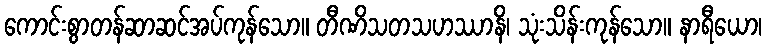
ကောင်းစွာတန်ဆာဆင်အပ်ကုန်သော။ တီဏိသတသဟဿာနိ၊ သုံးသိန်းကုန်သော။ နာရီယော၊